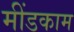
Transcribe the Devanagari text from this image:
मींडकाम